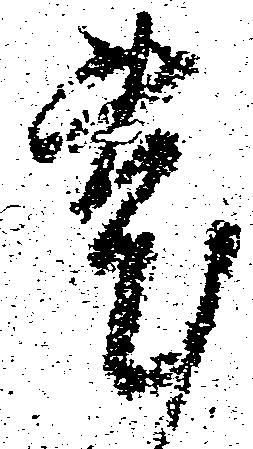
兎